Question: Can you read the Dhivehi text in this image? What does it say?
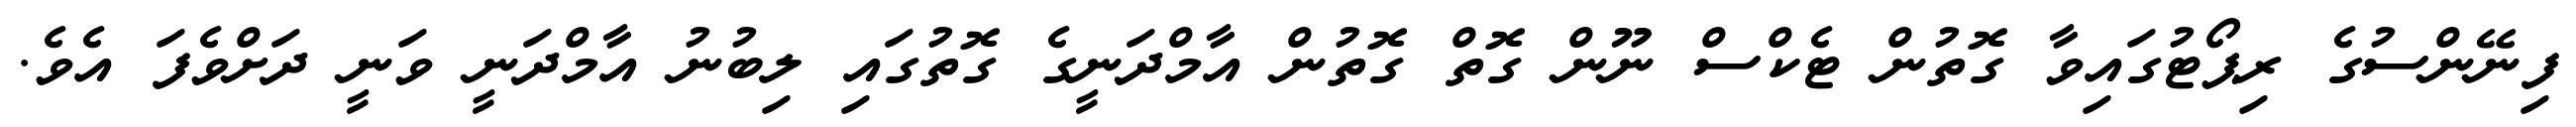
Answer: ފިނޭންސުގެ ރިޕޯޓުގައިވާ ގޮތުން ޓެކްސް ނޫން ގޮތް ގޮތުން އާމްދަނީގެ ގޮތުގައި ލިބުނު އާމްދަނީ ވަނީ ދަށްވެފަ އެވެ.